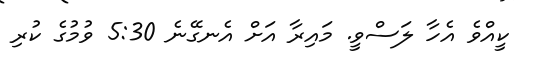
ކީއްވެ އެހާ ލަސްވީ. މައިރާ އަށް އެނގޭނެ 5:30 ވުމުގެ ކުރި